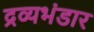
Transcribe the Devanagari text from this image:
द्रव्यभंडार